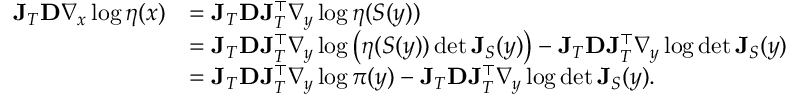
\begin{array} { r l } { \mathbf { J } _ { T } \mathbf { D } \nabla _ { x } \log \eta ( x ) } & { = \mathbf { J } _ { T } \mathbf { D } \mathbf { J } _ { T } ^ { \top } \nabla _ { y } \log \eta ( S ( y ) ) } \\ & { = \mathbf { J } _ { T } \mathbf { D } \mathbf { J } _ { T } ^ { \top } \nabla _ { y } \log \left( \eta ( S ( y ) ) \operatorname* { d e t } \mathbf { J } _ { S } ( y ) \right) - \mathbf { J } _ { T } \mathbf { D } \mathbf { J } _ { T } ^ { \top } \nabla _ { y } \log \operatorname* { d e t } \mathbf { J } _ { S } ( y ) } \\ & { = \mathbf { J } _ { T } \mathbf { D } \mathbf { J } _ { T } ^ { \top } \nabla _ { y } \log \pi ( y ) - \mathbf { J } _ { T } \mathbf { D } \mathbf { J } _ { T } ^ { \top } \nabla _ { y } \log \operatorname* { d e t } \mathbf { J } _ { S } ( y ) . } \end{array}